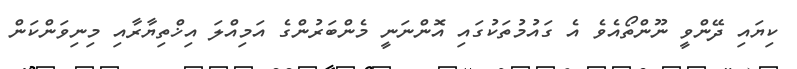
ކިޔައި ދޭންވީ ނޫންތޯއެވެ އެ ގައުމުތަކުގައި އޮންނަނީ މެންބަރުންގެ އަމިއްލަ އިޚްތިޔާރާއި މިނިވަންކަން